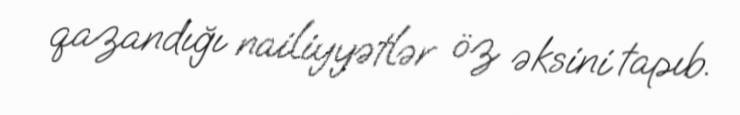
qazandığı nailiyyətlər öz əksini tapıb.